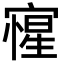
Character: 㝭